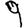
Digit: 9